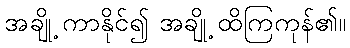
အချို့ ကာနိုင်၍ အချို့ ထိကြကုန်၏။